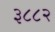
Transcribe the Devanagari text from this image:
३८८२